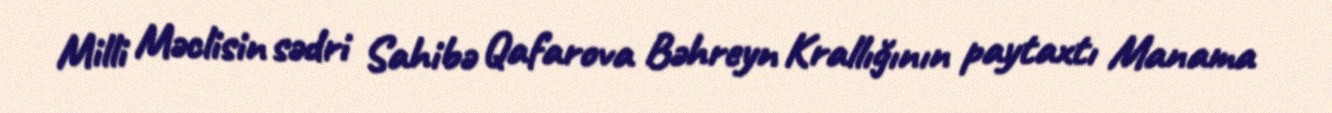
Milli Məclisin sədri Sahibə Qafarova Bəhreyn Krallığının paytaxtı Manama